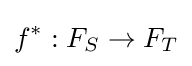
f^{*}:F_{S}\to F_{T}